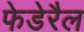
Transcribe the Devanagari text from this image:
फेडेरैल